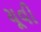
યૂવી